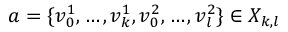
a = \{ v _ { 0 } ^ { 1 } , \ldots , v _ { k } ^ { 1 } , v _ { 0 } ^ { 2 } , \ldots , v _ { l } ^ { 2 } \} \in X _ { k , l }